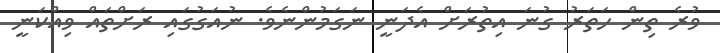
ވުރެ ތިން ހަތަރު ގުނަ އިތުރަށް އެދަނީ ނަގަމުންނެވެ. ނުއަގުުގައި ރަށްތައް ވިއްކަނީ